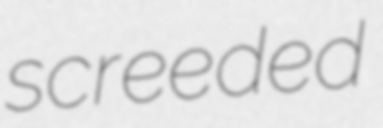
screeded